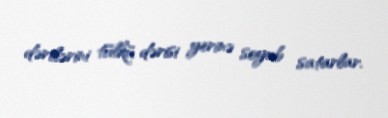
dərilərini tülkü dərisi yerinə soyub satarlar.